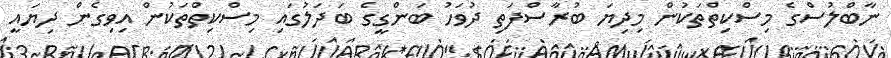
ނާބްލުސްގެ މިސްކިތްތަކުން މިދިޔަ ބުރާސްފަތި ދުވަހު ބަންގީގެ ބަދަލުގައި މިސްކިތްތަކުން އިވިގެން ދިޔައީ